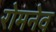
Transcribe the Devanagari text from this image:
रोमनेव